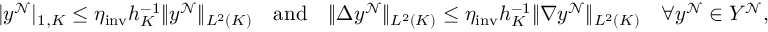
| y ^ { \mathcal { N } } | _ { 1 , K } \leq \eta _ { \mathrm { i n v } } h _ { K } ^ { - 1 } \| y ^ { \mathcal { N } } \| _ { L ^ { 2 } ( K ) } \quad \mathrm { a n d } \quad \| \Delta y ^ { \mathcal { N } } \| _ { L ^ { 2 } ( K ) } \leq \eta _ { \mathrm { i n v } } h _ { K } ^ { - 1 } \| \nabla y ^ { \mathcal { N } } \| _ { L ^ { 2 } ( K ) } \quad \forall y ^ { \mathcal { N } } \in Y ^ { \mathcal { N } } ,